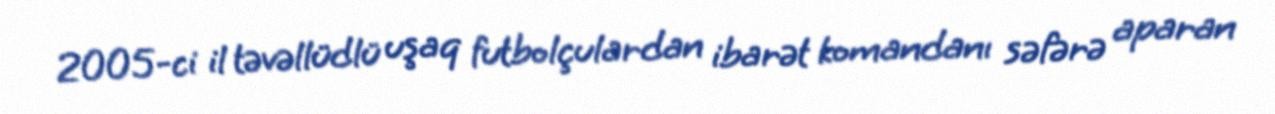
2005-ci il təvəllüdlü uşaq futbolçulardan ibarət komandanı səfərə aparan